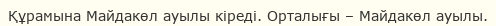
Құрамына Майдакөл ауылы кіреді. Орталығы – Майдакөл ауылы.